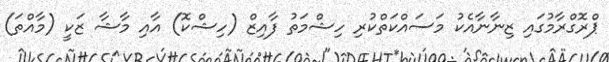
ޕްރޮގްރާމުގައި ޒިނާނާއެކު މަސައްކަތްކުރި ހިޝްމަތު ފާއިޒް (ހިޝްކޮ) އާއި މާޝާ ޒަކީ (މާއްތަ)